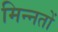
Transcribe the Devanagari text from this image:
मिन्नतों